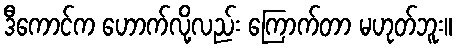
ဒီကောင်က ဟောက်လို့လည်း ကြောက်တာ မဟုတ်ဘူး။